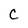
Character: C